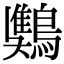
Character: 𪄾